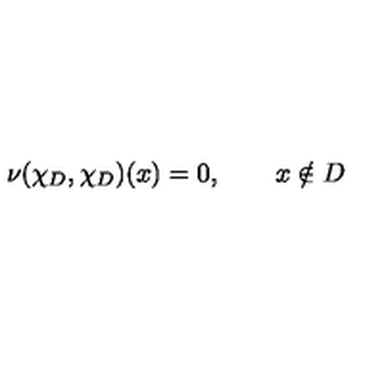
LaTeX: \nu ( \chi _ { D } , \chi _ { D } ) ( x ) = 0 , \qquad x \notin D